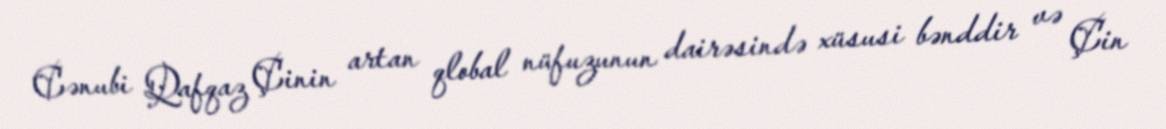
Cənubi Qafqaz Çinin artan qlobal nüfuzunun dairəsində xüsusi bənddir və Çin